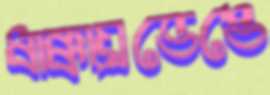
ধাক্কায়্রভেঙে